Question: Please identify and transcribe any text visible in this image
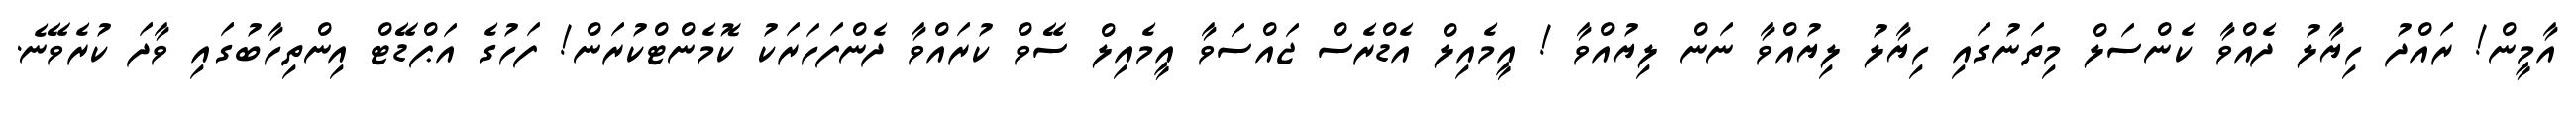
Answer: އާމީން! ރައްދު ހިޔާލު ދެއްވާ ކެންސަލް މިތަނުގައި ހިޔާލު ލިޔުއްވާ ނަން ލިޔުއްވާ ! އީމެއިލް އެޑްރެސް ޖައްސަވާ އީމެއިލް ސޭވް ކުރައްވާ ދެންފަހަރަކު ކޮމެންޓްކުރަން! ފަހުގެ އަޕްޑޭޓް އިންތިހާބުގައި ވާދަ ކުރެވޭނެ.